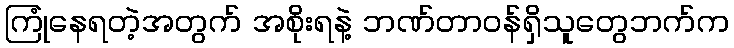
ကြုံနေရတဲ့အတွက် အစိုးရနဲ့ ဘဏ်တာဝန်ရှိသူတွေဘက်က